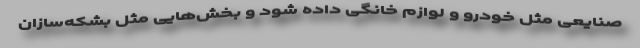
صنایعی مثل خودرو و لوازم خانگی داده شود و بخش‌هایی مثل بشکه‌سازان